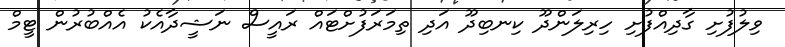
ވިލުފުށި ގާދިއްފުށި ހިރިލަންދޫ ކިނބިދޫ އަދި ތިމަރަފުށްޓައް ރައީސް ނަޝީދާއެކު އެއްބުރުން ޓީމް